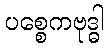
ပစ္စေကဗုဒ္ဓါ